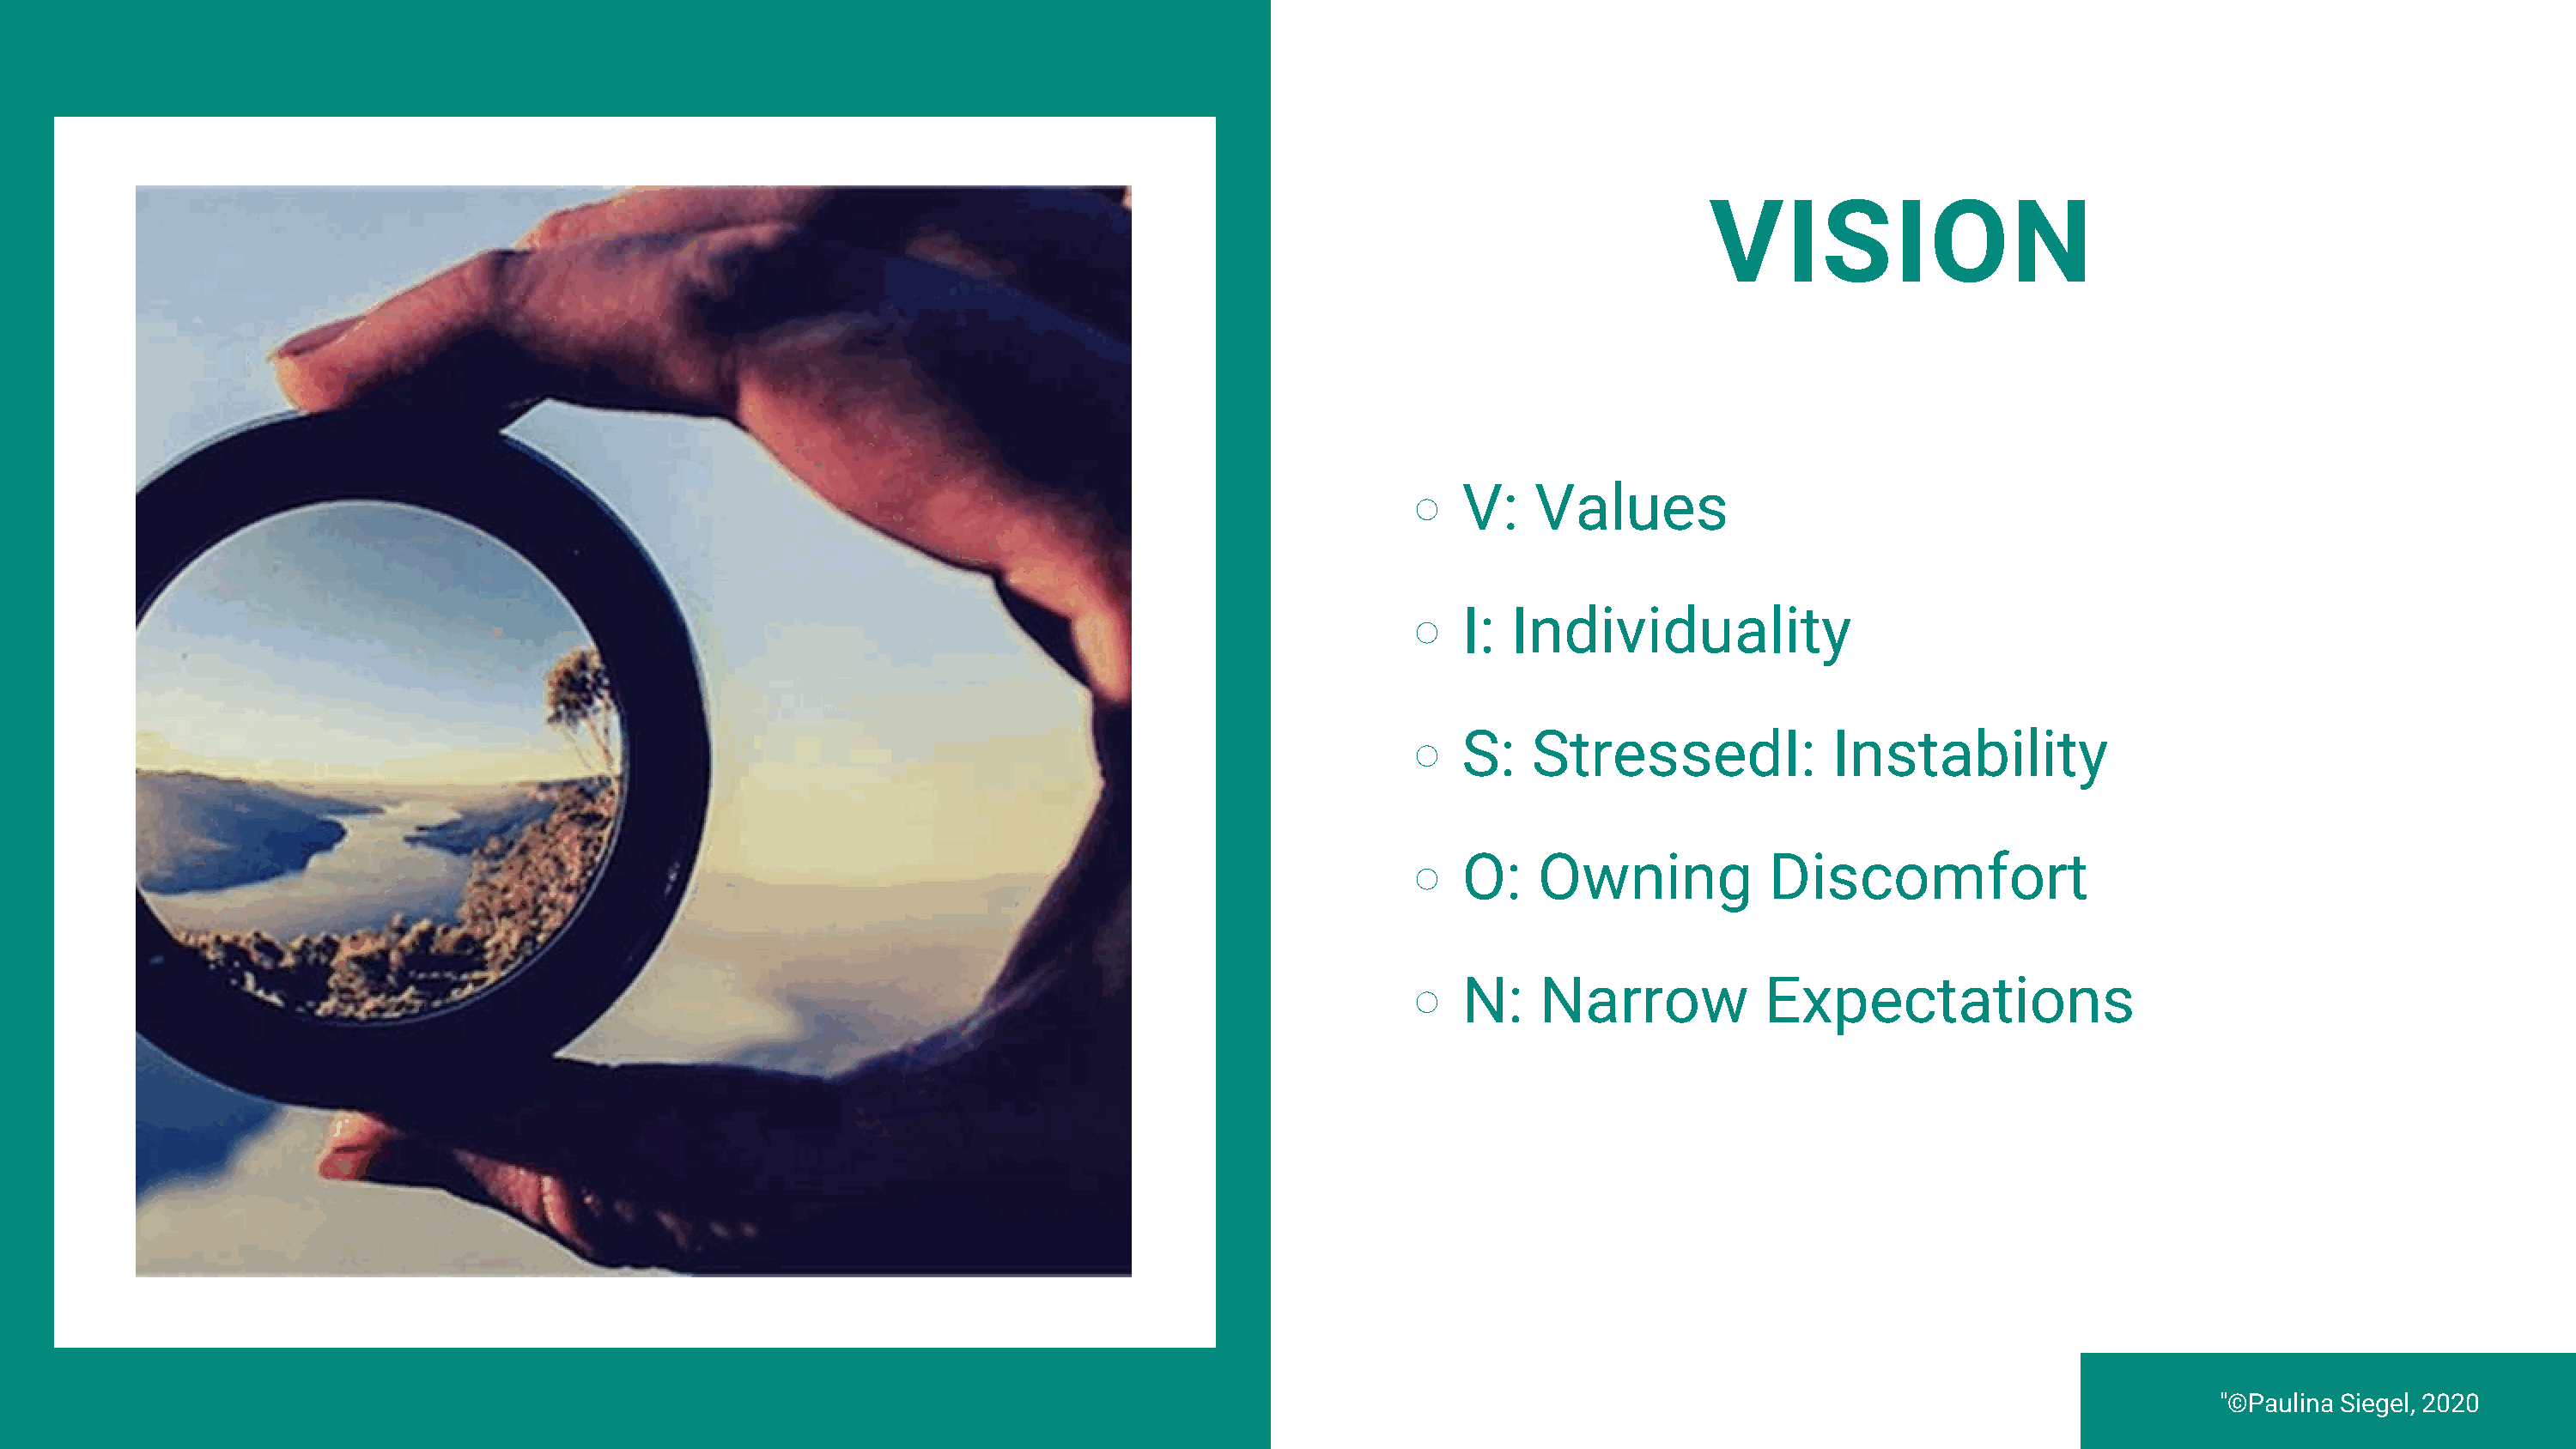
VISION
 V:   Values
 I:  Individuality
 S  : StressedI            : Instability
 O:    Owning           Discomfort
 N:    Narrow           Expectations
 © The Recovery Village® at Umatill
 "©Paulina Siegel, 2020